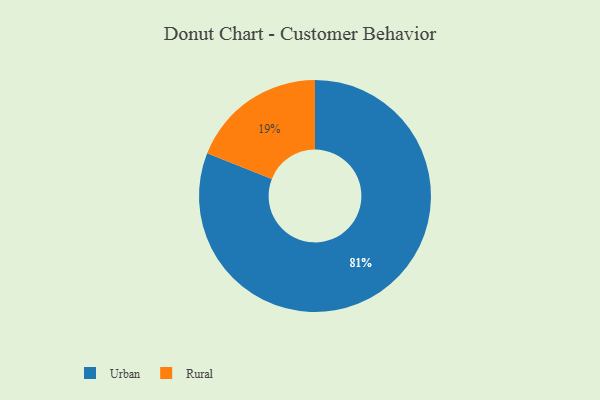
{"axis": {"x": "Category", "y": "Percentage"}, "legend": ["Rural", "Urban"], "data": [{"x": "Rural", "y": 19, "type": "Rural"}, {"x": "Urban", "y": 81, "type": "Urban"}]}